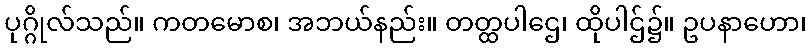
ပုဂ္ဂိုလ်သည်။ ကတမောစ၊ အဘယ်နည်း။ တတ္ထပါဌေ၊ ထိုပါဌ်၌။ ဥပနာဟော၊